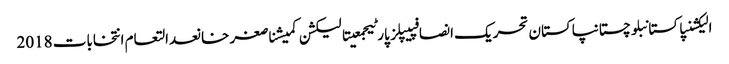
الیکشنپاکستانبلوچستانپاکستان تحریک انصافپیپلز پارٹیجمعیتالیکشن کمیشناصغر خانعدالتعام انتخابات 2018